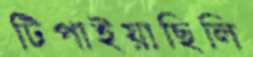
টিপাইয়াছিলি